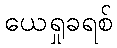
ယေရှုခရစ်